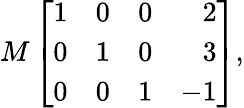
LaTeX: M\left[{\begin{array}{rrrr}{1}&{0}&{0}&{2}\\ {0}&{1}&{0}&{3}\\ {0}&{0}&{1}&{-1}\end{array}}\right],